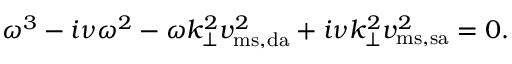
\omega ^ { 3 } - i \nu \omega ^ { 2 } - \omega k _ { \perp } ^ { 2 } v _ { \mathrm { m s , d a } } ^ { 2 } + i \nu k _ { \perp } ^ { 2 } v _ { \mathrm { m s , s a } } ^ { 2 } = 0 .